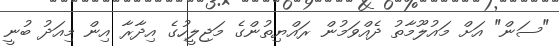
"ސަން" އަށް މައުލޫމާތު ދެއްވަމުން ރައްޔިތުންގެ މަޖިލީހުގެ އިދާރާ އިން މިއަދު ބުނީ